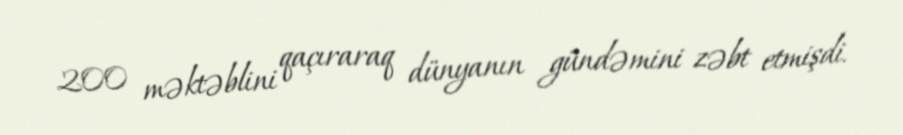
200 məktəblini qaçıraraq dünyanın gündəmini zəbt etmişdi.